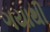
ગયાથી